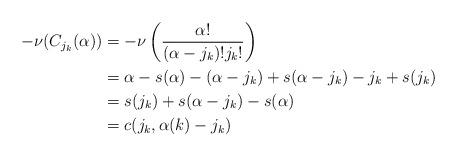
LaTeX: \begin{align*} -\nu(C_{j_k}(\alpha)) &= -\nu\left(\frac{\alpha!}{(\alpha-j_k)!j_k!}\right)\\ &= \alpha - s(\alpha) - (\alpha-j_k) + s(\alpha-j_k) - j_k + s(j_k) \\ &= s(j_k) + s(\alpha-j_k) - s(\alpha) \\ &= c(j_k, \alpha(k)-j_k) \end{align*}